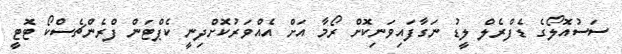
ސަސުއޮލޯގެ ޑެފްރެލް ލީޑު ނަގާފައިވަނިކޮށް ރޯމާ އަށް އެއްވަރުކޮށްދިނީ ކެޕްޓަން ފްރެންޗެސްކޯ ޓޮޓީ